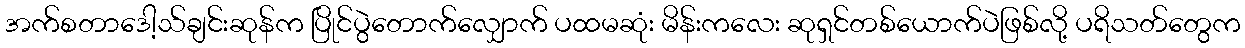
အက်စတာဒေါ့သ်ချင်းဆုန်က ပြိုင်ပွဲတောက်လျှောက် ပထမဆုံး မိန်းကလေး ဆုရှင်တစ်ယောက်ပဲဖြစ်လို့ ပရိသတ်တွေက